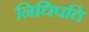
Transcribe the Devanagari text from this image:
निधिपति